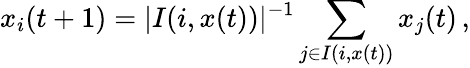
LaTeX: x_{i}(t+1)=|I(i,x(t))|^{-1}\sum_{j\in I(i,x(t))}x_{j}(t)\, ,